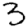
Digit: 3